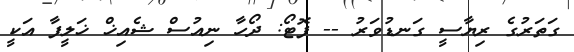
ގަތަރުގެ ރިޔާސީ ގަނޑުވަރު -- ފޮޓޯ: ދޯހާ ނިއުސް ޝެއިޚް ޚަލީފާ އަކީ